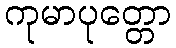
ကုမာပုတ္တော